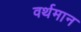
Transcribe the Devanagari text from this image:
वर्थमान